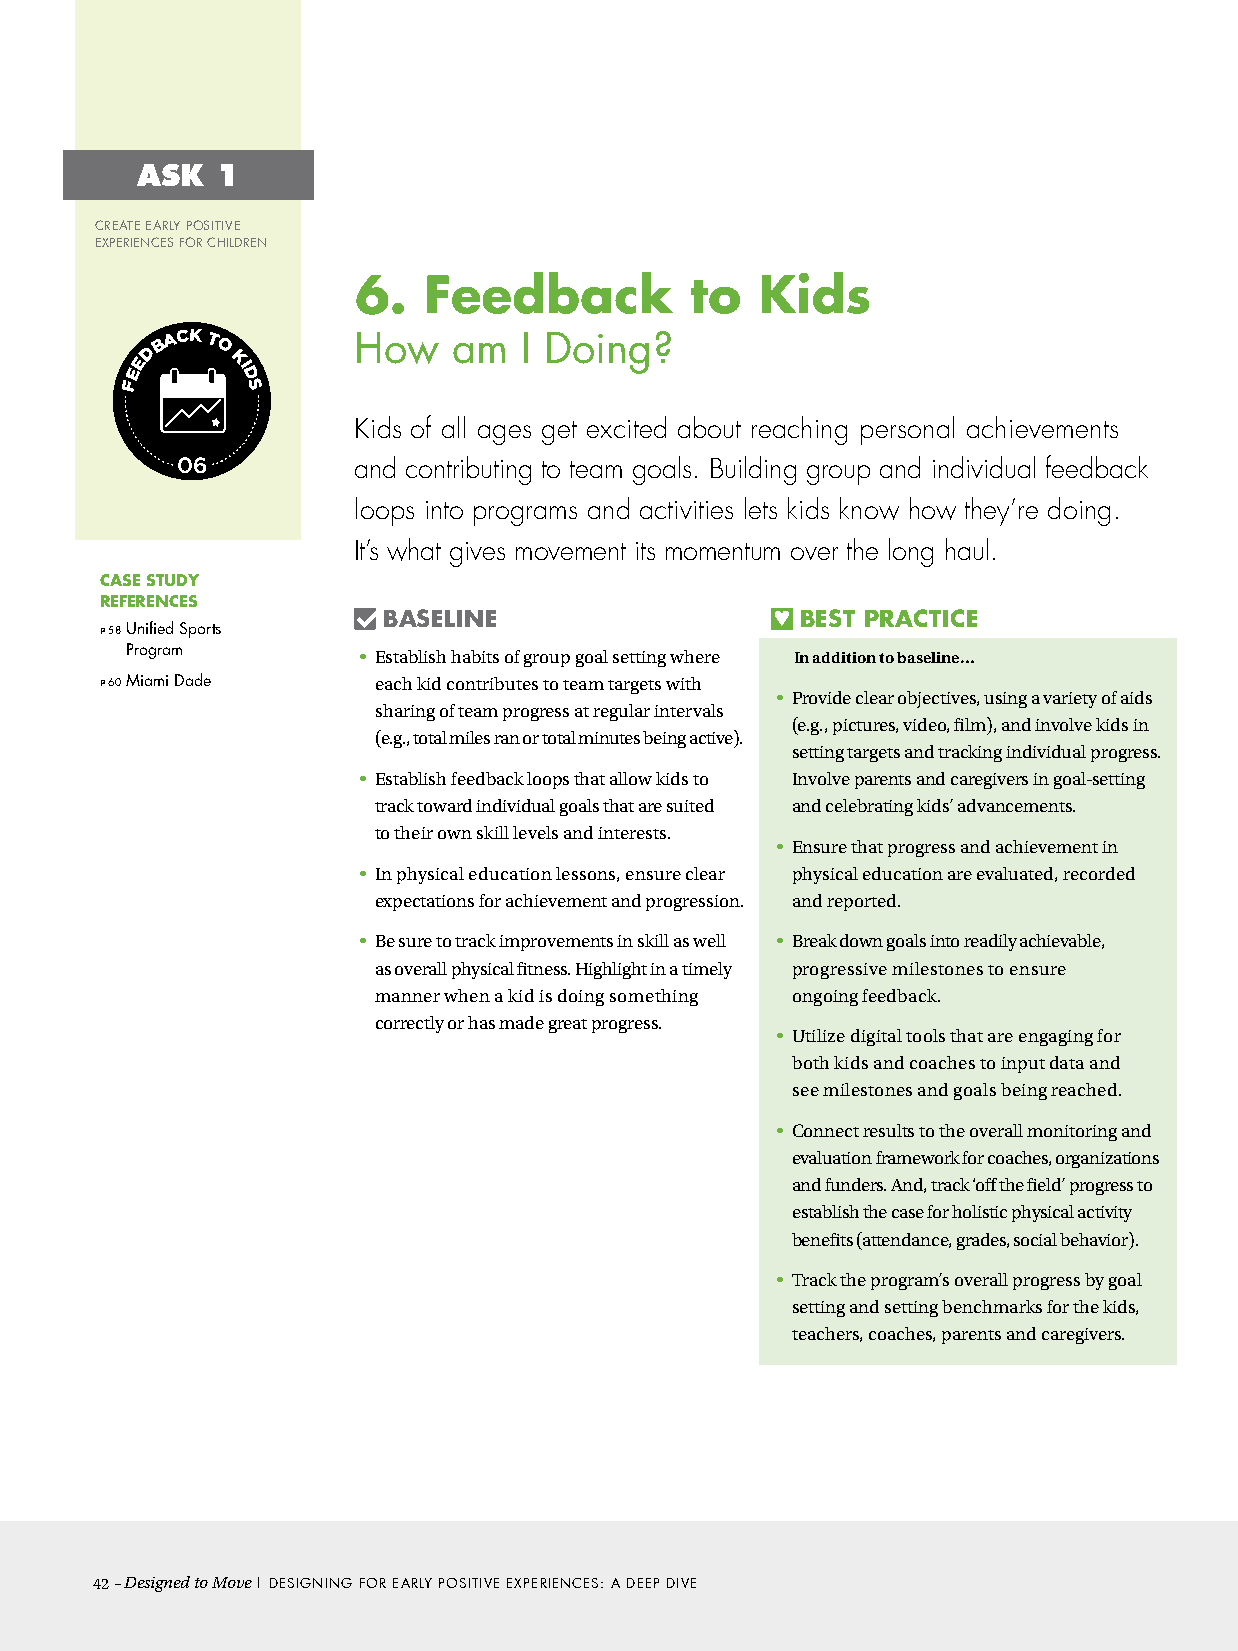
ASK  1
 CREATE EARLY POSITIVE
 EXPERIENCES FOR CHILDREN
 6.  Feedback          to  kids
 UNIVE R SAL A C C E S S AGE A PPROP RI A T E DOSA G E & DU R A T I O N FUN CENTIV E S & M O TI V A T
 IO
 FEED B ACK T O KI D S EACH / C OAHCHo / Mw E N T
 O
 am  I Doing?
 N
 I
 N             T
 Kids o
 R
 f all ages get excited about reaching personal achievements
 01 02 03 04 05 06      0a7nd contributing to team goals. Building group and individual feedback
 loops into programs and activities lets kids know how they’re doing.
 It’s what gives movement its momentum over the long haul.
 CASE STUDY
 REFERENCES
 BASELINE                    BEST PRACTICE
 P 58 Unified Sports
 Program         • Establish habits of group goal setting where In addition to baseline…
 P 60 Miami Dade   each kid contributes to team targets with
 • Provide clear objectives, using a variety of aids
 sharing of team progress at regular intervals
 (e.g., pictures, video, film), and involve kids in
 (e.g., total miles ran or total minutes being active).
 setting targets and tracking individual progress.
 • Establish feedback loops that allow kids to Involve parents and caregivers in goal-setting
 track toward individual goals that are suited and celebrating kids’ advancements.
 to their own skill levels and interests.
 • Ensure that progress and achievement in
 • In physical education lessons, ensure clear physical education are evaluated, recorded
 expectations for achievement and progression. and reported.
 • Be sure to track improvements in skill as well • Break down goals into readily achievable,
 as overall physical fitness. Highlight in a timely progressive milestones to ensure
 manner when a kid is doing something ongoing feedback.
 correctly or has made great progress.
 • Utilize digital tools that are engaging for
 both kids and coaches to input data and
 see milestones and goals being reached.
 • Connect results to the overall monitoring and
 evaluation framework for coaches, organizations
 and funders. And, track ‘off the field’ progress to
 establish the case for holistic physical activity
 benefits (attendance, grades, social behavior).
 • Track the program’s overall progress by goal
 setting and setting benchmarks for the kids,
 teachers, coaches, parents and caregivers.
 42– Designed to Move | DESIGNING FOR EARLY POSITIVE EXPERIENCES: A DEEP DIVE